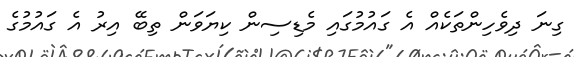
ގިނަ ދިވެހިންތަކެއް އެ ގައުމުގައި މެޑިސިން ކިޔަވަން ތިބޭ އިރު އެ ގައުމުގެ